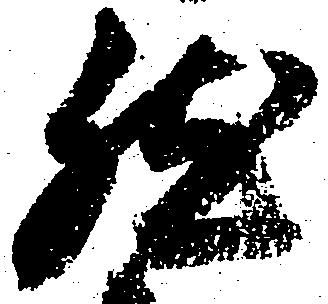
然